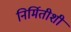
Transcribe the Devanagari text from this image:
निर्मितीशी